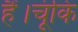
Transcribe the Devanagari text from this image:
हैं।चूंकि